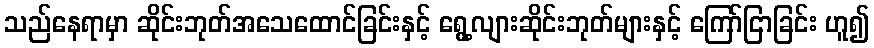
သည်နေရာမှာ ဆိုင်းဘုတ်အသေထောင်ခြင်းနှင့် ရွေ့လျားဆိုင်းဘုတ်များနှင့် ကြော်ငြာခြင်း ဟူ၍